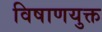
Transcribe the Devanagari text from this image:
विषाणयुक्त